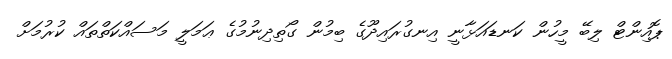
ޕޮއިންޓް ލިބޭ މީހުން ކަނޑައަޅާނީ އިނގުރައިދޫގެ ބިމުން ގޯތިދިނުމުގެ ޢަމަލީ މަސައްކަތްތައް ކުރުމަށް